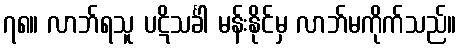
၇၈။ လာဘ်ရသူ ပဋိသင်္ခါ မန်းနိုင်မှ လာဘ်မကိုက်သည်။